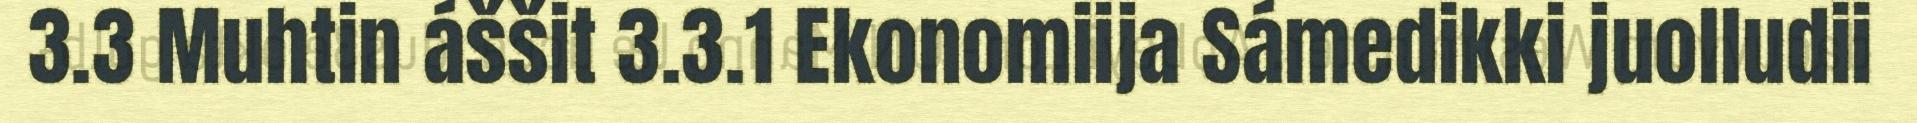
3.3 Muhtin áššit 3.3.1 Ekonomiija Sámedikki juolludii